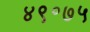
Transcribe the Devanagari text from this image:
४९॰७५